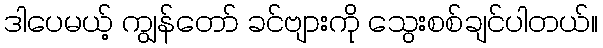
ဒါပေမယ့် ကျွန်တော် ခင်ဗျားကို သွေးစစ်ချင်ပါတယ်။